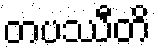
တပဿီတိ